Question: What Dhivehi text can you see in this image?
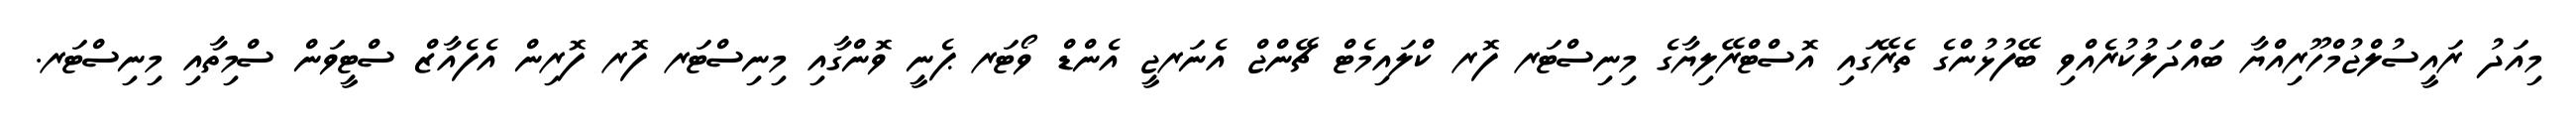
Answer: މިއަދު ރައީސުލްޖުމްހޫރިއްޔާ ބައްދަލުކުރެއްވި ބޭފުޅުންގެ ތެރޭގައި އޮސްޓްރޭލިޔާގެ މިނިސްޓަރ ފޮރ ކްލައިމެޓް ޗޭންޖް އެނަރޖީ އެންޑް ވޯޓަރ ޕެނީ ވޮންގާއި މިނިސްޓަރ ފޮރ ފޮރިން އެފެއާޒް ސްޓީވަން ސްމިތާއި މިނިސްޓަރ.